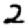
Digit: 2